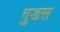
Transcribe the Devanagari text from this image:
गुडस